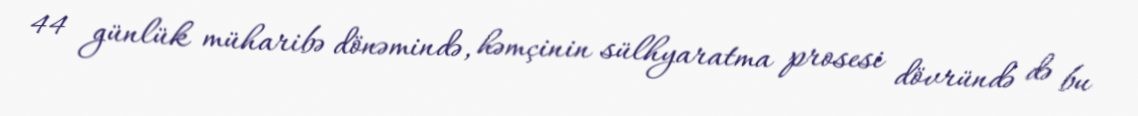
44 günlük müharibə dönəmində, həmçinin sülhyaratma prosesi dövründə də bu